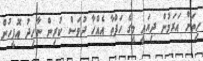
ހިތަށް އަރަމުން ދިޔައީ މީގެ ހަފްތާ އެއްހާ ދުވަސް ކުރިން ނާހިދު އޮފީހުން